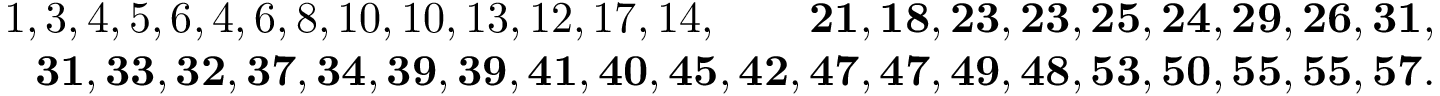
\begin{array} { r l r } & { } & { 1 , 3 , 4 , 5 , 6 , 4 , 6 , 8 , 1 0 , 1 0 , 1 3 , 1 2 , 1 7 , 1 4 , \quad \quad \mathbf { 2 1 } , \mathbf { 1 8 } , \mathbf { 2 3 } , \mathbf { 2 3 } , \mathbf { 2 5 } , \mathbf { 2 4 } , \mathbf { 2 9 } , \mathbf { 2 6 } , \mathbf { 3 1 } , } \\ & { } & { \mathbf { 3 1 } , \mathbf { 3 3 } , \mathbf { 3 2 } , \mathbf { 3 7 } , \mathbf { 3 4 } , \mathbf { 3 9 } , \mathbf { 3 9 } , \mathbf { 4 1 } , \mathbf { 4 0 } , \mathbf { 4 5 } , \mathbf { 4 2 } , \mathbf { 4 7 } , \mathbf { 4 7 } , \mathbf { 4 9 } , \mathbf { 4 8 } , \mathbf { 5 3 } , \mathbf { 5 0 } , \mathbf { 5 5 } , \mathbf { 5 5 } , \mathbf { 5 7 } . } \end{array}